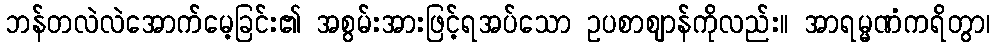
ဘန်တလဲလဲအောက်မေ့ခြင်း၏ အစွမ်းအားဖြင့်ရအပ်သော ဥပစာဈာန်ကိုလည်း။ အာရမ္မဏံကရိတွာ၊